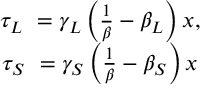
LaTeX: \begin{array} { c } { { \tau _ { L \mathrm { ~ } } = \gamma _ { L } \left( \frac 1 \beta - \beta _ { L } \right) x , } } \\ { { \tau _ { S \mathrm { ~ } } = \gamma _ { S } \left( \frac 1 \beta - \beta _ { S } \right) x } } \end{array}